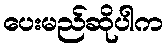
ပေးမည်ဆိုပါက